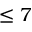
\leq 7